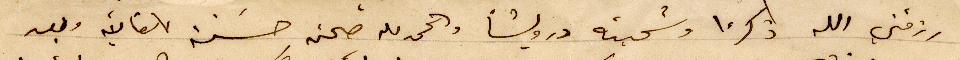
رزقني الله ذكرًا وسميته درويشاً والحمدلله صحته حسنة للغاية وبعد